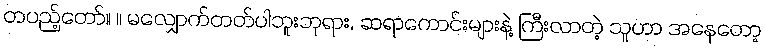
တပည့်တော်။ ။ မလျှောက်တတ်ပါဘူးဘုရား, ဆရာကောင်းများနဲ့ ကြီးလာတဲ့ သူဟာ အနေတော့